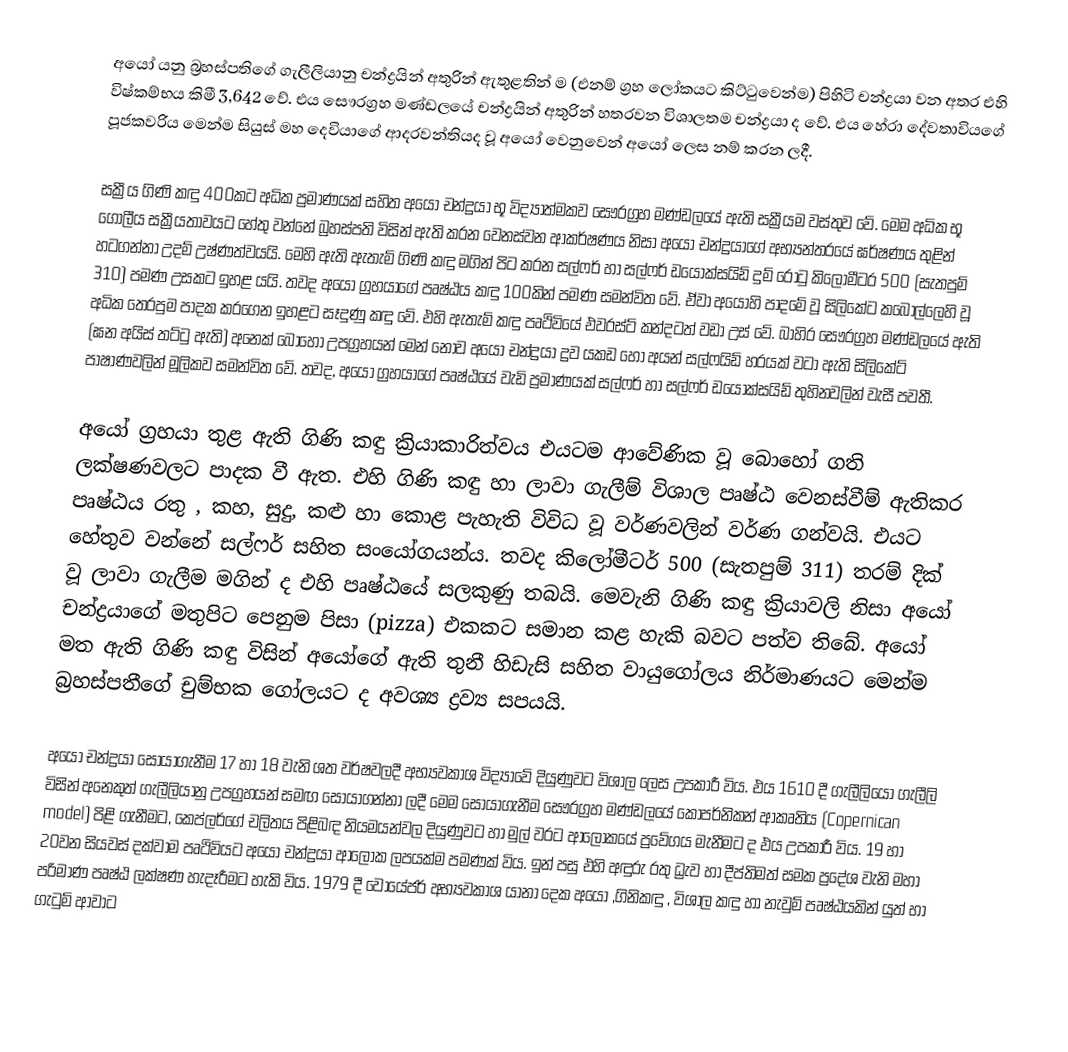
අයෝ යනු බ්‍රහස්පතිගේ ගැලීලියානු චන්ද්‍රයින් අතුරින් ඇතුළතින් ම (එනම් ග්‍රහ ලෝකයට කිට්ටුවෙන්ම) පිහිටි  චන්ද්‍රයා වන අතර එහි විෂ්කම්භය කිමී 3,642 වේ. එය සෞරග්‍රහ මණ්ඩලයේ චන්ද්‍රයින් අතුරින් හතරවන විශාලතම චන්ද්‍රයා ද වේ. එය හේරා දේවතාවියගේ පූජකවරිය මෙන්ම සියුස් මහ දෙවියා‍ගේ ආදරවන්තියද වූ අයෝ වෙනුවෙන් අයෝ ලෙස නම් කරන ලදී.

සක්‍රීය ගිණි කඳු 400කට අධික ප්‍රමාණයක් සහිත අයෝ චන්ද්‍රයා භූ විද්‍යාත්මකව සෞරග්‍රහ  මණ්ඩලයේ ඇති සක්‍රීයම වස්තුව වේ. මෙම අධික භූ ගෝලීය සක්‍රීයතාවයට ‍හේතු වන්නේ බ්‍රහස්පති විසින් ඇති කරන වෙනස්වන ආකර්ෂණය නිසා අයෝ චන්ද්‍රයාගේ අභ්‍යන්තරයේ  ඝර්ෂණය තුළින් හටගන්නා උදම් උෂ්ණත්වයයි. මෙහි ඇති ඇතැම් ගිණි කඳු මගින් පිට කරන  සල්ෆර් හා සල්ෆර් ඩයොක්සයිඩ් දුම් රොටු කිලෝමීටර 500 (සැතපුම් 310) පමණ උසකට ඉහළ යයි. තවද අයෝ ග්‍රහයාගේ පෘෂ්ඨය කඳු 100කින් පමණ සමන්විත වේ. ඒවා අයෝහි පාදමේ වූ සිලිකේට කබොල්ලෙහි වූ අධික තෙරපුම පාදක කරගෙන ඉහළට සෑදුණු කඳු වේ. එහි ඇතැම් කඳු පෘථිවියේ එවරස්ට් කන්දටත් වඩා උස් වේ. බාහිර සෞරග්‍රහ මණ්ඩලයේ ඇති (ඝන අයිස් තට්ටු ඇති) අනෙක් බොහෝ උපග්‍රහයන් මෙන් නොව අයෝ චන්ද්‍රයා ද්‍රව යකඩ හෝ අයන් සල්ෆයිඩ් හරයක් වටා  ඇති සිලිකේට් පාෂාණවලින් මූලිකව සමන්විත වේ. තවද, අයෝ ග්‍රහ‍යාගේ පෘෂ්ඨයේ වැඩි ප්‍රමාණයක් සල්‍ෆර් හා සල්ෆර් ඩයොක්සයිඩ් තුහිනවලින් වැසී පවතී.

අයෝ ග්‍රහයා තුළ ඇති ගිණි කඳු ක්‍රියාකාරිත්වය එයටම ආවේණික වූ බොහෝ ගති ලක්ෂණවලට පාදක වී ඇත.  එහි ගිණි කඳු හා ලාවා ගැලීම් විශාල පෘෂ්ඨ වෙනස්වීම් ඇතිකර  පෘෂ්ඨය රතු , කහ, සුදු, කළු හා කොළ පැහැති විවිධ වූ වර්ණවලින් වර්ණ ගන්වයි. එයට හේතුව වන්නේ සල්ෆර් සහිත සංයෝගයන්ය. තවද කිලෝමීටර් 500 (සැතපුම් 311) තරම් දික් වූ ලාවා ගැලීම මගින් ද එහි පෘෂ්ඨයේ සලකුණු තබයි. මෙවැනි ගිණි කඳු ක්‍රියාවලි නිසා අයෝ චන්ද්‍රයාගේ මතුපිට පෙනුම පිසා (pizza) එකකට සමාන කළ හැකි බවට පත්ව තිබේ.  අයෝ මත ඇති ගිණි කඳු විසින් අයෝගේ ඇති තුනී හිඩැසි සහිත  වායුගෝලය නිර්මාණයට මෙන්ම බ්‍රහස්පතීගේ චුම්භක ගෝලයට ද අවශ්‍ය ද්‍රව්‍ය සපයයි.

අයෝ චන්ද්‍රයා සොයාගැනීම 17 හා 18 වැනි ශත වර්ෂවලදී අභ්‍යවකාශ විද්‍යාවේ දියුණුවට විශාල ලෙස උපකාරී විය. එය 1610 දී ගැලීලියෝ ගැලීලි විසින් අනෙකුත් ගැලීලියානු උපග්‍රහයන් සමඟ  සොයාගන්නා ලදී මෙම සොයාගැනීම සෞරග්‍රහ මණ්ඩලයේ කොපර්නිකන් ආකෘතිය (Copernican model) පිළි ගැනීමට, කෙප්ලර්ගේ චලිතය පිළිබඳ නියමයන්වල දියුණුවට  හා  මුල් වරට ආලෝකයේ ප්‍රවේගය මැනීමට ද එය උපකාරී විය. 19 හා 20වන සියවස් ‍දක්වාම පෘථිවියට අයෝ චන්ද්‍රයා ආලෝක ලපයක්ම පමණක් විය. ඉන් පසු එහි අඳුරු රතු ධ්‍රැව හා දීප්තිමත් සමක ප්‍රදේශ වැනි මහා පරිමාණ පෘෂ්ඨ  ලක්ෂණ හැදෑරීමට හැකි විය. 1979 දී වොයේජර් අභ්‍යවකාශ යානා දෙක අයෝ ,ගිනිකඳු , විශාල කඳු හා නැවුම් පෘෂ්‍ඨයකින් යුත් හා ගැටුම් ආවාට